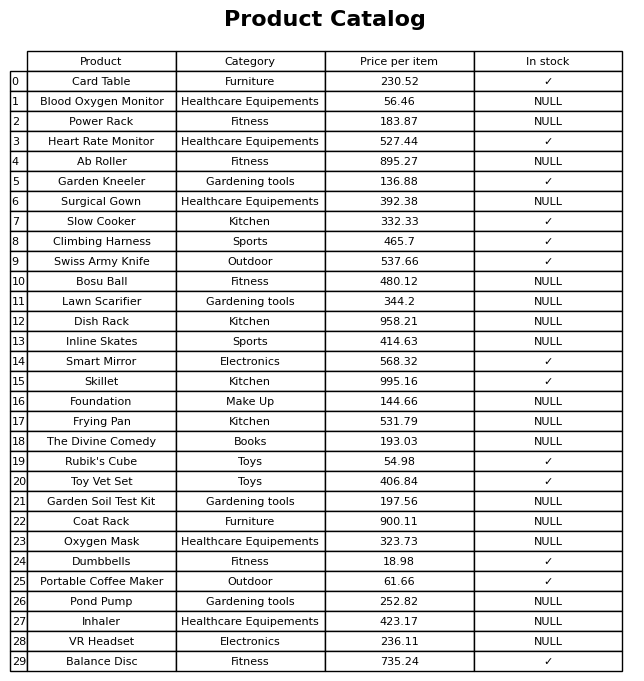
question: Is the The Divine Comedy in stock?
answer: NULL